Report on sanitation, dispensaries, and jails in Rajputana for 1909, and on vaccination for the year 1909-1910 - 1909-1910
Year: 1909
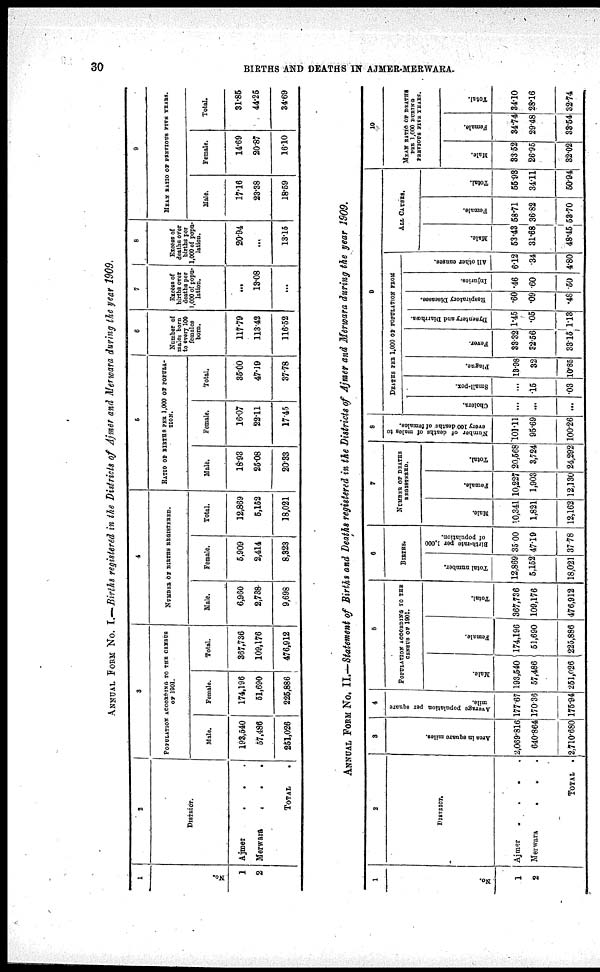
30
BIRTHS AND DEATHS IN AJMER-MERWARA.
ANNUAL FROM No. I.—Births registered in the Districts of Ajmer and Merwara during the year 1909.
1
No.
1
2
2
DISTRICT.
Ajmer . . .
Merwara
.
.
.
total
.
3
POPULATION ACCORDING TO THE CENSUS
OF 1901.
Male.
193,540
57,486
251,026
Female.
174,196
51,690
225,886
Total.
367,736
109,176
476,912
4
NUMBER OF BIRTHS REGISTERED.
Male.
6,960
2,738
9,698
Female.
5,909
2,414
8,323
Total.
12,869
5,152
18,021
5
RATIO OF BIRTHS PER 1,000 OF POPULA¬
TION.
Male.
18.93
25.08
20.33
Female.
16.07
22.11
17.45
Total.
35.00
47.19
37.78
6
Number of
males born
to every 100
females
born.
117.79
113.42
116.62
7
Excess of
births over
deaths per
1,000 of popu-
lation.
...
13.08
...
8
Excess of
deaths over
births per
1,000 of popu-
lation.
20.94
...
13.15
9
MEAN RATIO OF PREVIOUS FIVE YEARS.
Male.
17.16
23.38
18.59
Female.
14.69
20.87
16.10
Total.
31.85
44.25
34.69
ANNUAL FORM No. II.—Statement of Births and Deaths registered in the Districts of Ajmer and Merwara during the year 1909.
1
No.
1
2
2
DISTRICT.
Ajmer
.
.
.
.
Merwara
.
. .
TOTAL .
3
Area in square miles.
2,069.816
640.864
2,710.680
4
Average population per square
mile.
177.67
170.36
175.94
5
POPOULATION ACCORDING TO THE
CENSUS OF 1901.
Male.
193,640
57,486
251,026
Female.
174,196
51,690
225,886
Total.
367,736
109,176
476,912
6
BRITHS.
Total number.
12,869
5,152
18,021
Birth-rate per 1,000
of population.
35.00
47.19
37.78
7
NUMBER OF DEATHS
REGISTERED.
Male.
10,341
1,821
12,162
Female.
10,227
1,903
12,130
Total.
20,568
3,724
24,292
8
Number of deaths of males to
every 100 deaths of females.
101.11
95.69
100.26
9
D A T H S P E R 1 , 0 0 0 OF P
OP UL AT ION F R O M
Cholera.
...
...
...
Small-pox.
...
.15
.03
Plague.
13.98
32
10.85
Fever.
33.32
32.56
33.15
Dysentery and Diarrhœa.
1.45
.05
1.13
Respiratory Diseases.
.60
.09
.48
Injuries.
.46
.60
.50
All other causes.
6.12
.34
4.80
ALL CAUSES.
Male.
53.43
31.68
48.45
Female.
58.71
36.82
53.70
Total.
55.93
34.11
50.94
10
MEAN RATIO OF DEATHS
PER 1,000 DURING
PERVIOUS FIVE YEARS.
Male.
33.52
26.25
32.02
Female.
34.74
29.48
33.54
Total.
34.10
28.16
32.74